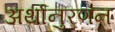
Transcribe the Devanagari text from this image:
अर्थानुरणन